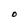
Character: O